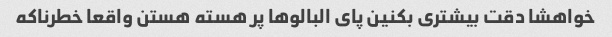
خواهشا دقت بیشتری بکنین پای البالو‌ها پر هسته هستن واقعا خطرناکه